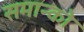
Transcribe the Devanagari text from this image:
समान्को